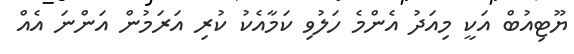
ޔޫޓިއުބް އަކީ މިއަދު އެންމެ ހަލުވި ކަމާއެކު ކުރި އަރަމުން އަންނަ އެއް